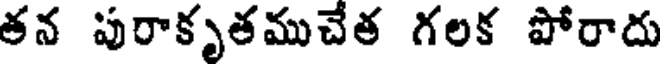
తన పురాకృతముచేత గలక పోరాదు